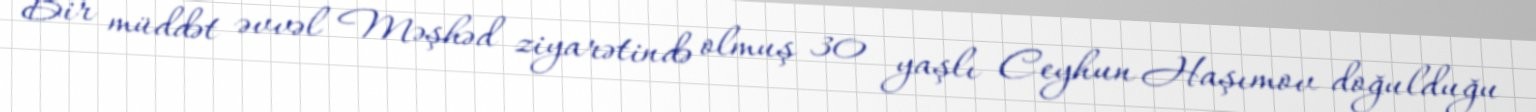
Bir müddət əvvəl Məşhəd ziyarətində olmuş 30 yaşlı Ceyhun Haşımov doğulduğu